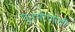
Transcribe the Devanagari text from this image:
पुनर्भरणाची